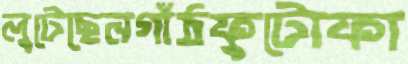
লুটেছেনগাঁঠফুটোফা